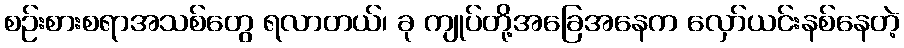
စဉ်းစားစရာအသစ်တွေ ရလာတယ်၊ ခု ကျုပ်တို့အခြေအနေက လှော်ယင်းနစ်နေတဲ့